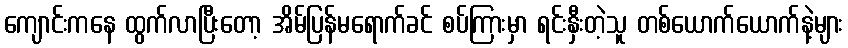
ကျောင်းကနေ ထွက်လာပြီးတော့ အိမ်ပြန်မရောက်ခင် စပ်ကြားမှာ ရင်းနှီးတဲ့သူ တစ်ယောက်ယောက်နဲ့များ